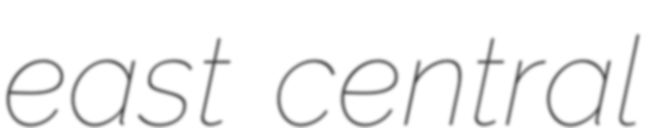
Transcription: east central